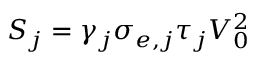
S _ { j } = \gamma _ { j } \sigma _ { e , j } \tau _ { j } V _ { 0 } ^ { 2 }